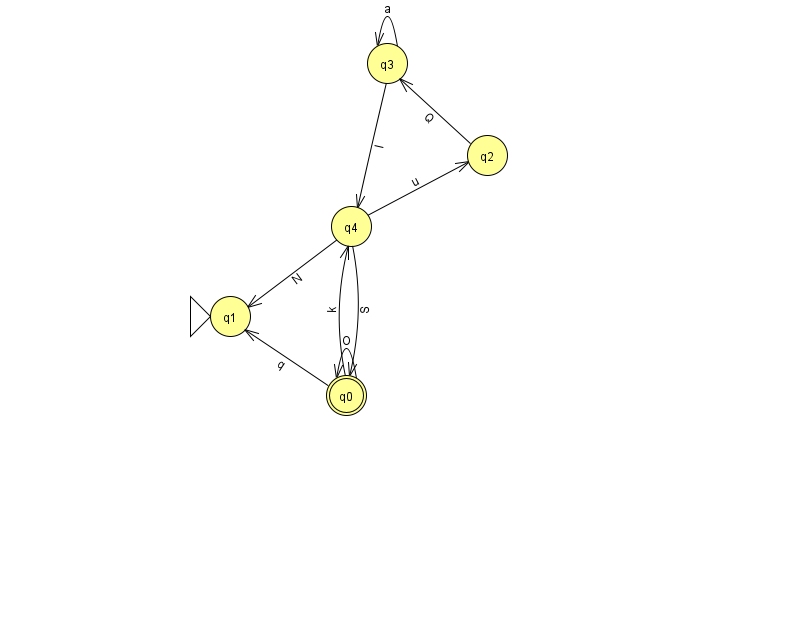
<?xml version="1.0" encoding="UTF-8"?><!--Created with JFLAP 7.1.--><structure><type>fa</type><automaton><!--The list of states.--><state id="0" name="q0"><x>346.0</x><y>382.0</y><final/></state><state id="1" name="q1"><x>230.0</x><y>303.0</y><initial/></state><state id="2" name="q2"><x>487.0</x><y>142.0</y></state><state id="3" name="q3"><x>387.0</x><y>50.0</y></state><state id="4" name="q4"><x>351.0</x><y>213.0</y></state><!--The list of transitions.--><transition><from>3</from><to>3</to><read>a</read></transition><transition><from>4</from><to>1</to><read>N</read></transition><transition><from>4</from><to>2</to><read>u</read></transition><transition><from>3</from><to>4</to><read>l</read></transition><transition><from>4</from><to>0</to><read>S</read></transition><transition><from>0</from><to>1</to><read>q</read></transition><transition><from>0</from><to>4</to><read>k</read></transition><transition><from>2</from><to>3</to><read>Q</read></transition><transition><from>0</from><to>0</to><read>O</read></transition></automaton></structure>